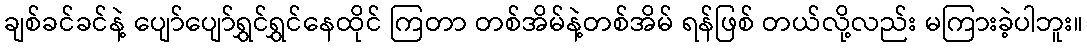
ချစ်ခင်ခင်နဲ့ ပျော်ပျော်ရွှင်ရွှင်နေထိုင် ကြတာ တစ်အိမ်နဲ့တစ်အိမ် ရန်ဖြစ် တယ်လို့လည်း မကြားခဲ့ပါဘူး။